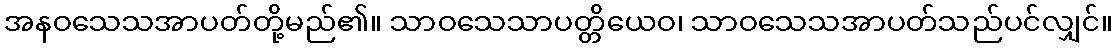
အနဝသေသအာပတ်တို့မည်၏။ သာဝသေသာပတ္တိယေဝ၊ သာဝသေသအာပတ်သည်ပင်လျှင်။